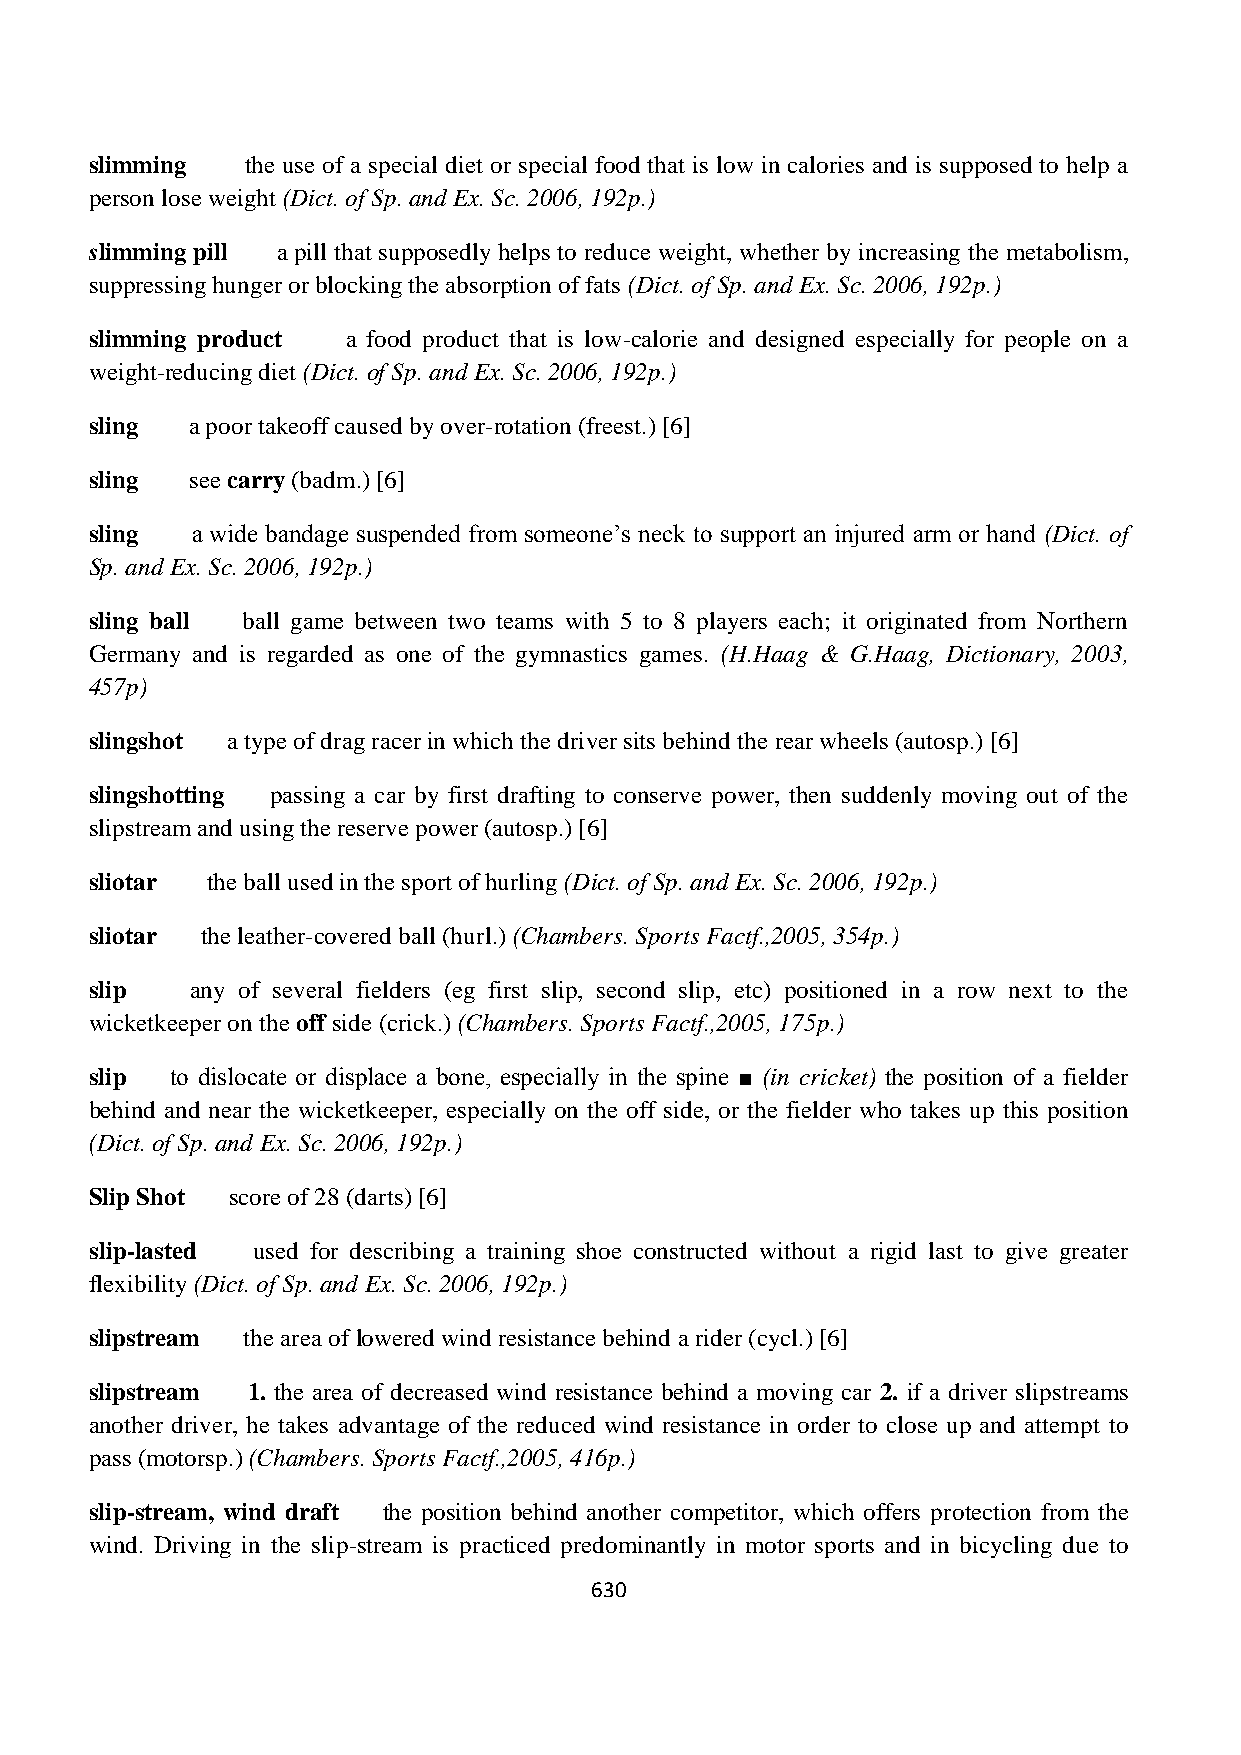
slimming  the use of a special diet or special food that is low in calories and is supposed to help a
 person lose weight (Dict. of Sp. and Ex. Sc. 2006, 192p.)
 slimming pill a pill that supposedly helps to reduce weight, whether by increasing the metabolism,
 suppressing hunger or blocking the absorption of fats (Dict. of Sp. and Ex. Sc. 2006, 192p.)
 slimming product a food product that is low-calorie and designed especially for people on a
 weight-reducing diet (Dict. of Sp. and Ex. Sc. 2006, 192p.)
 sling  a poor takeoff caused by over-rotation (freest.) [6]
 sling  see carry (badm.) [6]
 sling  a wide bandage suspended from someone‟s neck to support an injured arm or hand (Dict. of
 Sp. and Ex. Sc. 2006, 192p.)
 sling ball ball game between two teams with 5 to 8 players each; it originated from Northern
 Germany and is regarded as one of the gymnastics games. (H.Haag & G.Haag, Dictionary, 2003,
 457p)
 slingshot a type of drag racer in which the driver sits behind the rear wheels (autosp.) [6]
 slingshotting passing a car by first drafting to conserve power, then suddenly moving out of the
 slipstream and using the reserve power (autosp.) [6]
 sliotar the ball used in the sport of hurling (Dict. of Sp. and Ex. Sc. 2006, 192p.)
 sliotar the leather-covered ball (hurl.) (Chambers. Sports Factf.,2005, 354p.)
 slip   any of several fielders (eg first slip, second slip, etc) positioned in a row next to the
 wicketkeeper on the off side (crick.) (Chambers. Sports Factf.,2005, 175p.)
 slip to dislocate or displace a bone, especially in the spine ■ (in cricket) the position of a fielder
 behind and near the wicketkeeper, especially on the off side, or the fielder who takes up this position
 (Dict. of Sp. and Ex. Sc. 2006, 192p.)
 Slip Shot score of 28 (darts) [6]
 slip-lasted used for describing a training shoe constructed without a rigid last to give greater
 flexibility (Dict. of Sp. and Ex. Sc. 2006, 192p.)
 slipstream the area of lowered wind resistance behind a rider (cycl.) [6]
 slipstream 1. the area of decreased wind resistance behind a moving car 2. if a driver slipstreams
 another driver, he takes advantage of the reduced wind resistance in order to close up and attempt to
 pass (motorsp.) (Chambers. Sports Factf.,2005, 416p.)
 slip-stream, wind draft the position behind another competitor, which offers protection from the
 wind. Driving in the slip-stream is practiced predominantly in motor sports and in bicycling due to
 630